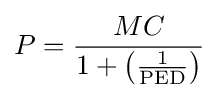
P={\frac {MC}{1+\left({\frac {1}{\text{PED}}}\right)}}